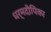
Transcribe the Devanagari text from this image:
धर्मदीपिका